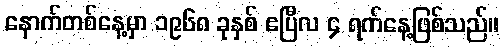
နောက်တစ်နေ့မှာ ၁၉၆၈ ခုနှစ် ဧပြီလ ၄ ရက်နေ့ဖြစ်သည်။